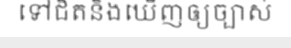
ទៅជិតនិងឃើញឲ្យច្បាស់